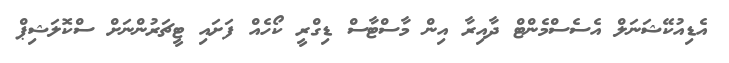
އެޑިއުކޭޝަނަލް އެސެސްމެންޓް ދާއިރާ އިން މާސްޓާސް ޑިގްރީ ކޯހެއް ފަށައި ޓީޗަރުންނަށް ސްކޮލަޝިޕް